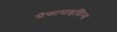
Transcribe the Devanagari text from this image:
सेफामाइसिन्स